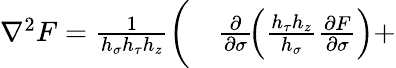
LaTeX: \begin{array}{rl}{\nabla^{2}F=\frac{1}{h_{\sigma}h_{\tau}h_{z}}\bigg(}&{{}\frac{\partial}{\partial\sigma}\! \left(\frac{h_{\tau}h_{z}}{h_{\sigma}}\frac{\partial F}{\partial\sigma}\right)+}\end{array}